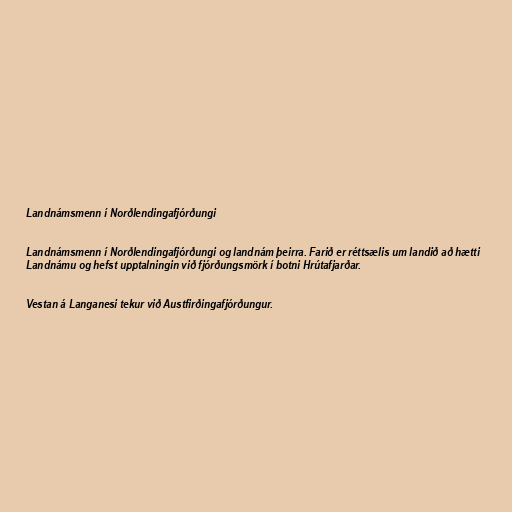
Landnámsmenn í Norðlendingafjórðungi

Landnámsmenn í Norðlendingafjórðungi og landnám þeirra. Farið er réttsælis um landið að hætti
Landnámu og hefst upptalningin við fjórðungsmörk í botni Hrútafjarðar.

Vestan á Langanesi tekur við Austfirðingafjórðungur.